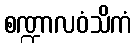
စဏ္ဍာလဝံသိကံ